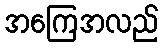
အကြေအလည်